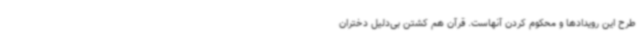
طرح این رویدادها و محکوم کردن آنهاست. قرآن هم کشتن بی‌دلیل دختران